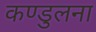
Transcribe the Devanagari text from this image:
कण्डुलना